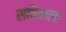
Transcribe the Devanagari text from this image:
सचिवाला